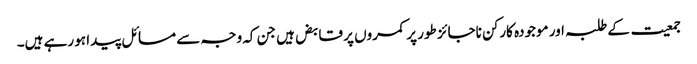
جمعیت کے طلبہ اور موجودہ کارکن ناجائز طور پر کمروں پر قابض ہیں جن کہ وجہ سے مسائل پیدا ہو رہے ہیں۔